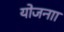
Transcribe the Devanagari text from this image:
योजनाा